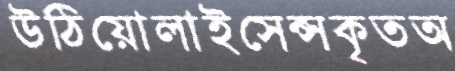
উঠিয়োলাইসেন্সকৃতঅ